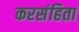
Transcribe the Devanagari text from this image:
करसंहिता